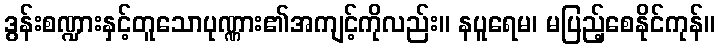
ဒွန်းစဏ္ဍားနှင့်တူသောပုဏ္ဏား၏အကျင့်ကိုလည်း။ နပူရေမ၊ မပြည့်စေနိုင်ကုန်။